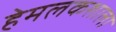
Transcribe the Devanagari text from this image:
हेमलकशाला